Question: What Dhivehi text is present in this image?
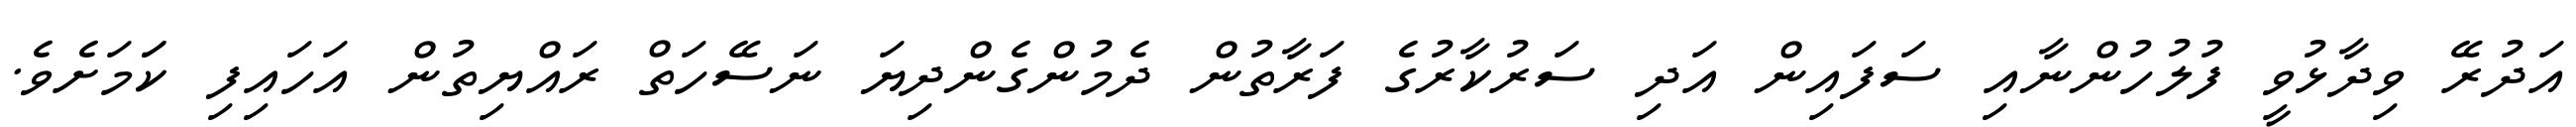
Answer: އަދުރޭ ވިދާޅުވީ ފުލުހުންނާއި ސަފައިން އަދި ސަރުކާރުގެ ފަރާތުން ދެމުންގެންދިޔަ ނަސޭހަތް ރައްޔިތުން އަހައިފި ކަަމަށެވެ.